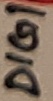
Text: DIG1